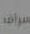
سيرات